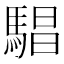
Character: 䮖